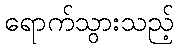
ရောက်သွားသည့်